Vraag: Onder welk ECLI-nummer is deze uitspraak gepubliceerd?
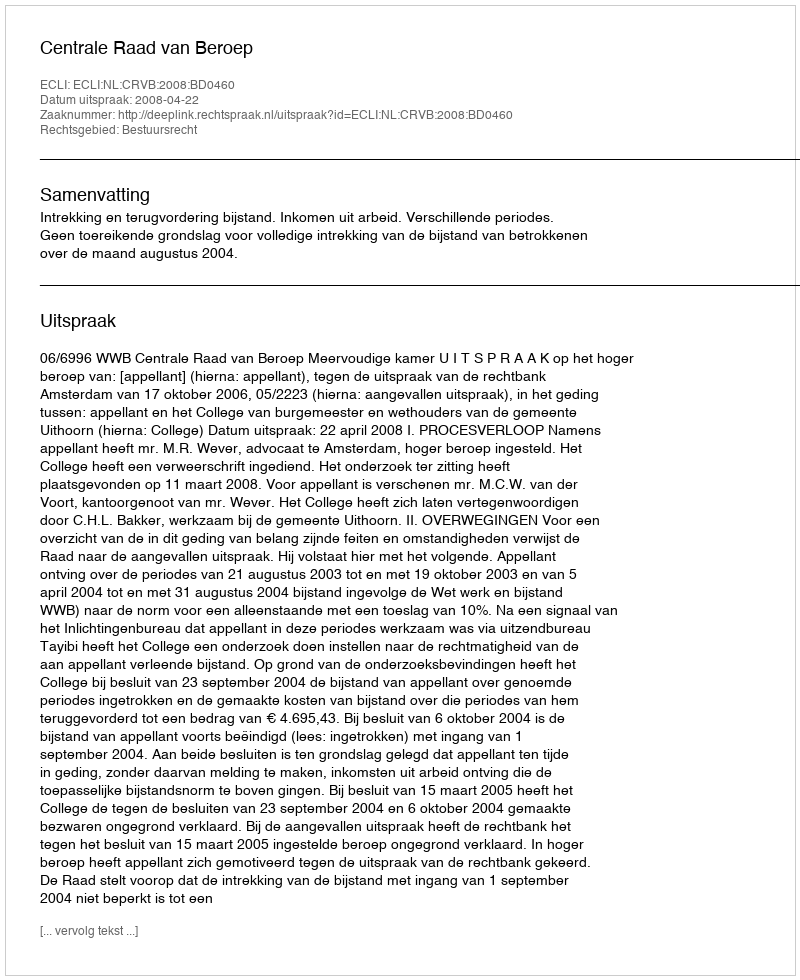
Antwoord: ECLI:NL:CRVB:2008:BD0460